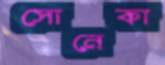
সোনেকা